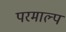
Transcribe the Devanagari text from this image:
परमाल्प